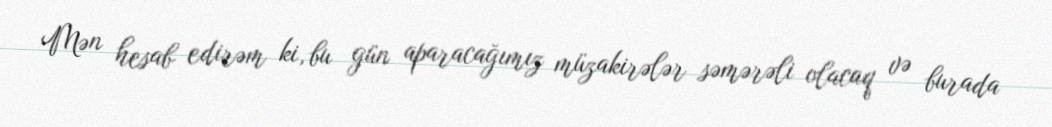
Mən hesab edirəm ki, bu gün aparacağımız müzakirələr səmərəli olacaq və burada